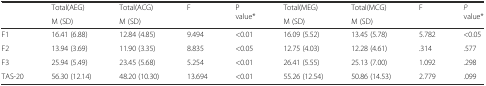
<table><thead><tr><td rowspan="2"></td><td><b>Total(AEG)</b></td><td><b>Total(ACG)</b></td><td rowspan="2"><b>F</b></td><td rowspan="2"><b>P value*</b></td><td><b>Total(MEG)</b></td><td><b>Total(MCG)</b></td><td rowspan="2"><b>F</b></td><td rowspan="2"><b><i>P</i> value*</b></td></tr><tr><td><b>M (SD)</b></td><td><b>M (SD)</b></td><td><b>M (SD)</b></td><td><b>M (SD)</b></td></tr></thead><tbody><tr><td>F1</td><td>16.41 (6.88)</td><td>12.84 (4.85)</td><td>9.494</td><td>&lt;0.01</td><td>16.09 (5.52)</td><td>13.45 (5.78)</td><td>5.782</td><td>&lt;0.05</td></tr><tr><td>F2</td><td>13.94 (3.69)</td><td>11.90 (3.35)</td><td>8.835</td><td>&lt;0.05</td><td>12.75 (4.03)</td><td>12.28 (4.61)</td><td>.314</td><td>.577</td></tr><tr><td>F3</td><td>25.94 (5.49)</td><td>23.45 (5.68)</td><td>5.254</td><td>&lt;0.01</td><td>26.41 (5.55)</td><td>25.13 (7.00)</td><td>1.092</td><td>.298</td></tr><tr><td>TAS-20</td><td>56.30 (12.14)</td><td>48.20 (10.30)</td><td>13.694</td><td>&lt;0.01</td><td>55.26 (12.54)</td><td>50.86 (14.53)</td><td>2.779</td><td>.099</td></tr></tbody></table>